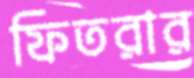
ফিতরার